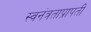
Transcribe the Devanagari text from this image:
स्वनंत्रताप्रापती